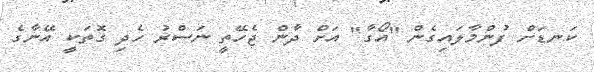
ކަނޑަށް ފުންމާލައިގެން "އޯގާ" އަށް ދާން ޖެހޭތީ ނަސްރު ހެދި ގޮތަކީ އޭނާގެ